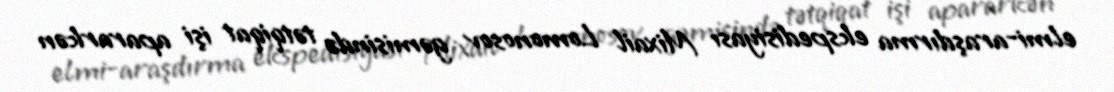
elmi-araşdırma ekspedisiyası Mixail Lomonosov gəmisində tətqiqat işi apararkən